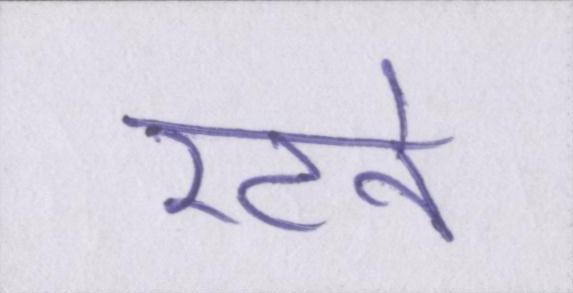
रटने